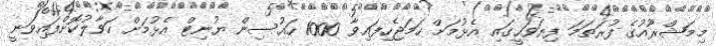
މިމަޝްރޫއުގެ ފުރަތަމަ ފިޔަވަހީގައި އެޅުމަށް ހަމަޖެހިފައިވާ 1000 ހައުސިން ޔުނިޓް އެޅުމަށް ހަވާލުކޮށްފައިވަނީ